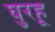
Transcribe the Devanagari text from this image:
घुरहू